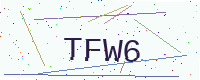
Text: TFW6